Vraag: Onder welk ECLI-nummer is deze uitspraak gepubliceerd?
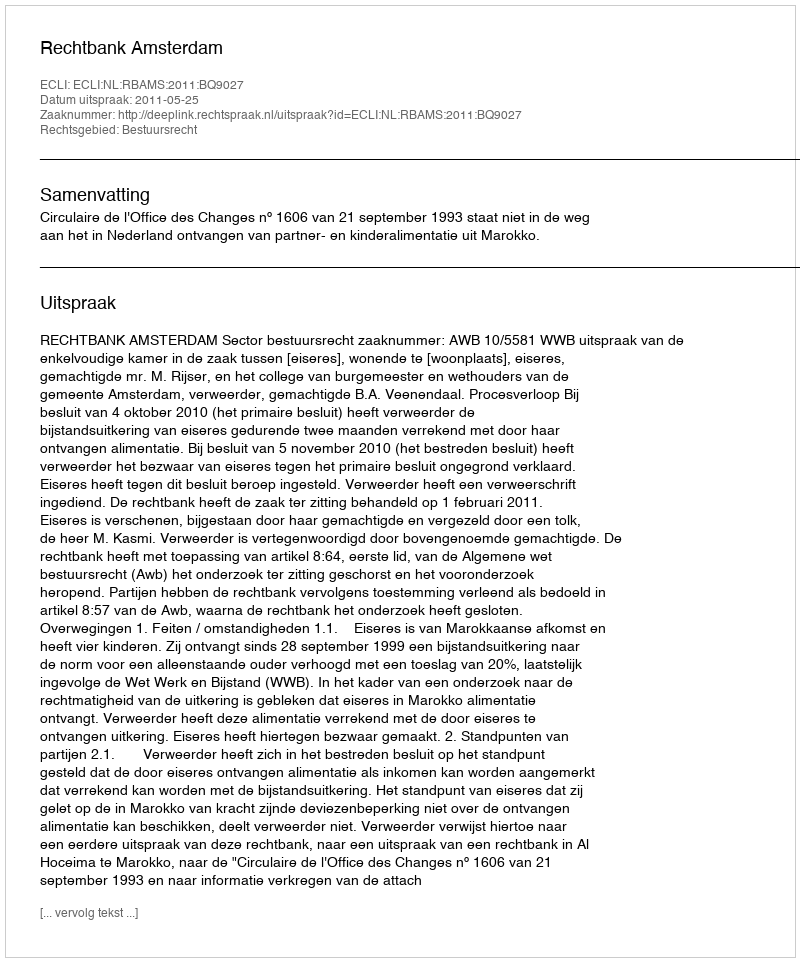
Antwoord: ECLI:NL:RBAMS:2011:BQ9027